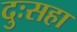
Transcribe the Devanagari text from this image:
दुःसहा